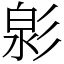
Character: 㣐